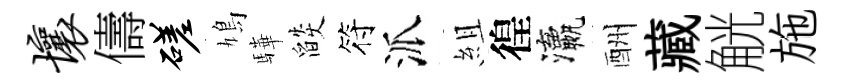
壤儔磋鳩驊燄符派組徨瀛酬藏觥施